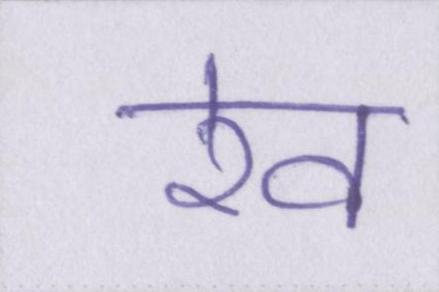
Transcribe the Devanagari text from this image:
रेव